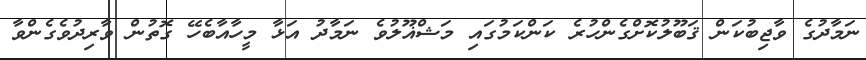
ނަމާދުގެ ވާޖިބުކަން ޤަބޫލުކޮށްގެންހުރެ ކަންކަމުގައި މަޝްޣޫލުވެ ނަމާދު އަޅާ މީހާއާބެހޭ ގޮތުން ވާރިދުވެގެންވާ